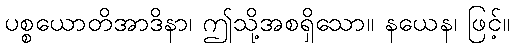
ပစ္စယောတိအာဒိနာ၊ ဤသို့အစရှိသော။ နယေန၊ ဖြင့်။